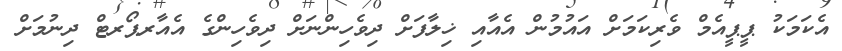
އެކަމަކު ޕީޕީއެމް ވެރިކަމަށް އައުމުން އެއާއި ޚިލާފަށް ދިވެހިންނަށް ދިވެހިންގެ އެއާރޕޯރޓް ދިނުމަށް